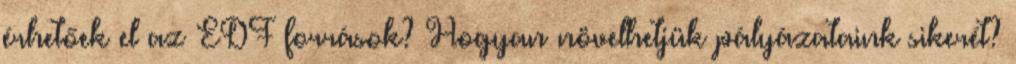
érhetőek el az EDF források? Hogyan növelhetjük pályázataink sikerét?